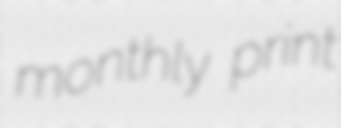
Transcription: monthly print